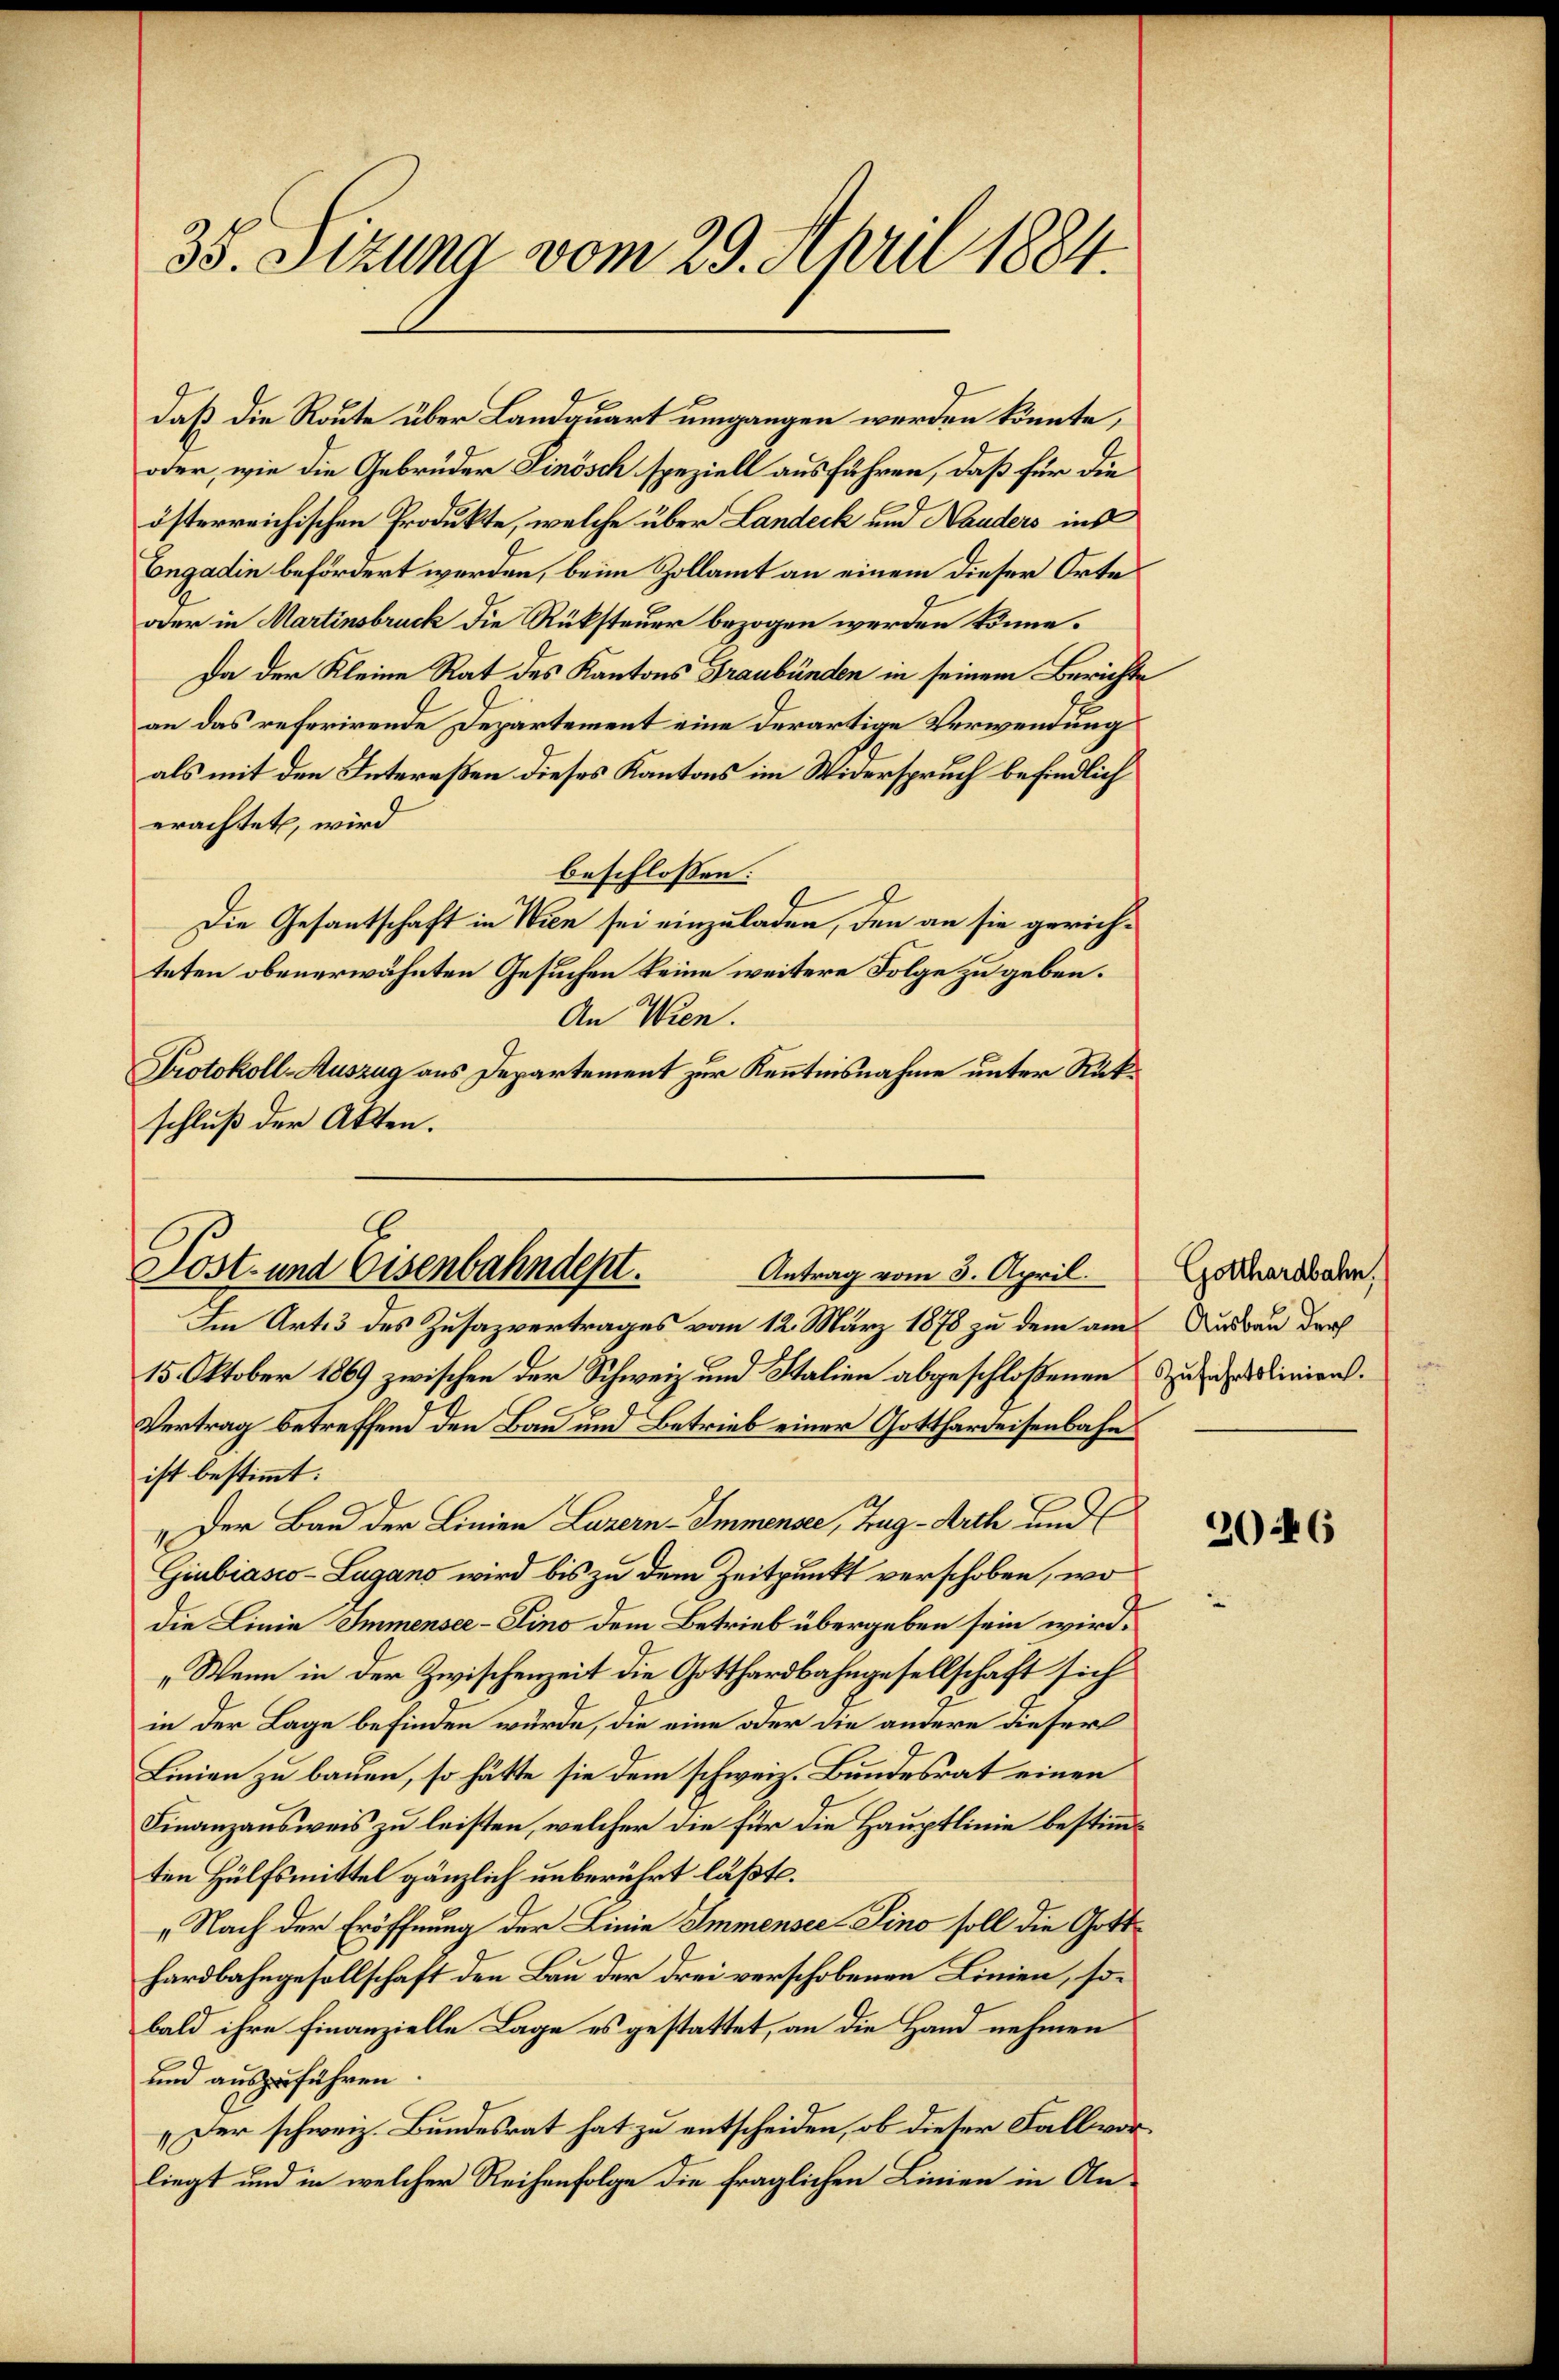
35. Sizung vom 29. April 1884.

daß die Route über Landquart umgangen werden könnte,
oder, wie die Gebrüder Finösch speziell ausführen, daß für die
österreichischen Produkte, welche über Landeck und Nauders ins
Engadin befördert werden, beim Zollamt an einem dieser Orte
oder in Martinsbruck die Rüksteuer bezogen werden könne.
Da der Kleine Rat des Kantons Graubünden in seinem Berichte
an das referirende Departement eine derartige Verwendung
als mit den Intereßen dieses Kantons im Widerspruch befindlich
erachtet, wird
beschlossen:
.
Die Gesantschaft in Wien sei einzuladen, den an sie gerichteten obenerwähnten Gesuchen keine weitere Folge zu geben.
An Wien.
Protokoll-Auszug aus Departement zur Kenntnisnahme unter Rükschluß der Akten.

Post- und Eisenbahndept. Antrag vom 3. April.

Im Art. 3 des Zusazvertrages vom 12. März 1878 zu dem am
15. Oktober 1869 zwischen der Schweiz und Italien abgeschloßenen Zustadlinien.
Vertrag betreffend den Bau und Betrieb einer Gotthardeisenbahn
ist bestimmt:
„Der Bau der Linien Luzern - Immensee, Zug-Arth und
Giubiasco-Lugano wird bis zu dem Zeitpunkt verschoben, wo
die Linie Immensee-Lino dem Betrieb übergeben sein wird.
„Wenn in der Zwischenzeit die Gotthardbahngesellschaft sich
in der Lage befinden würde, die eine oder die andere dieser
Linien zu bauen, so hätte sie dem schweiz. Bundesrat einen
Finanzausweis zu leisten, welcher die für die Hauptlinie bestimmten Hülfsmittel gänzlich unberührt läßt.
„Nach der Eröffnung der Linie Immensee–Pino soll die Gotthardbahngesellschaft den Bau der drei verschobenen Linien, sobald ihre Finanzielle Lage es gestattet, an die Hand nehmen
und auszuführen.
„Der schweiz. Bundesrat hat zu entscheiden, ob dieser Fall vorliegt und in welcher Reihenfolge die fraglichen Linien in An¬

Gotthardbahn,
Ausbau der

2046